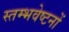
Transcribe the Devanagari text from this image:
स्तम्भवेष्टनों